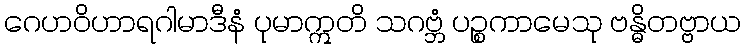
ဂေဟဝိဟာရဂါမာဒီနံ ပုမာဣတိ သဂဗ္ဘံ ပဉ္စကာမေသု ဗန္ဓိတဗ္ဗာယ